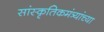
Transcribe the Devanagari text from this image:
सांस्कृतिकमंत्र्यांच्या